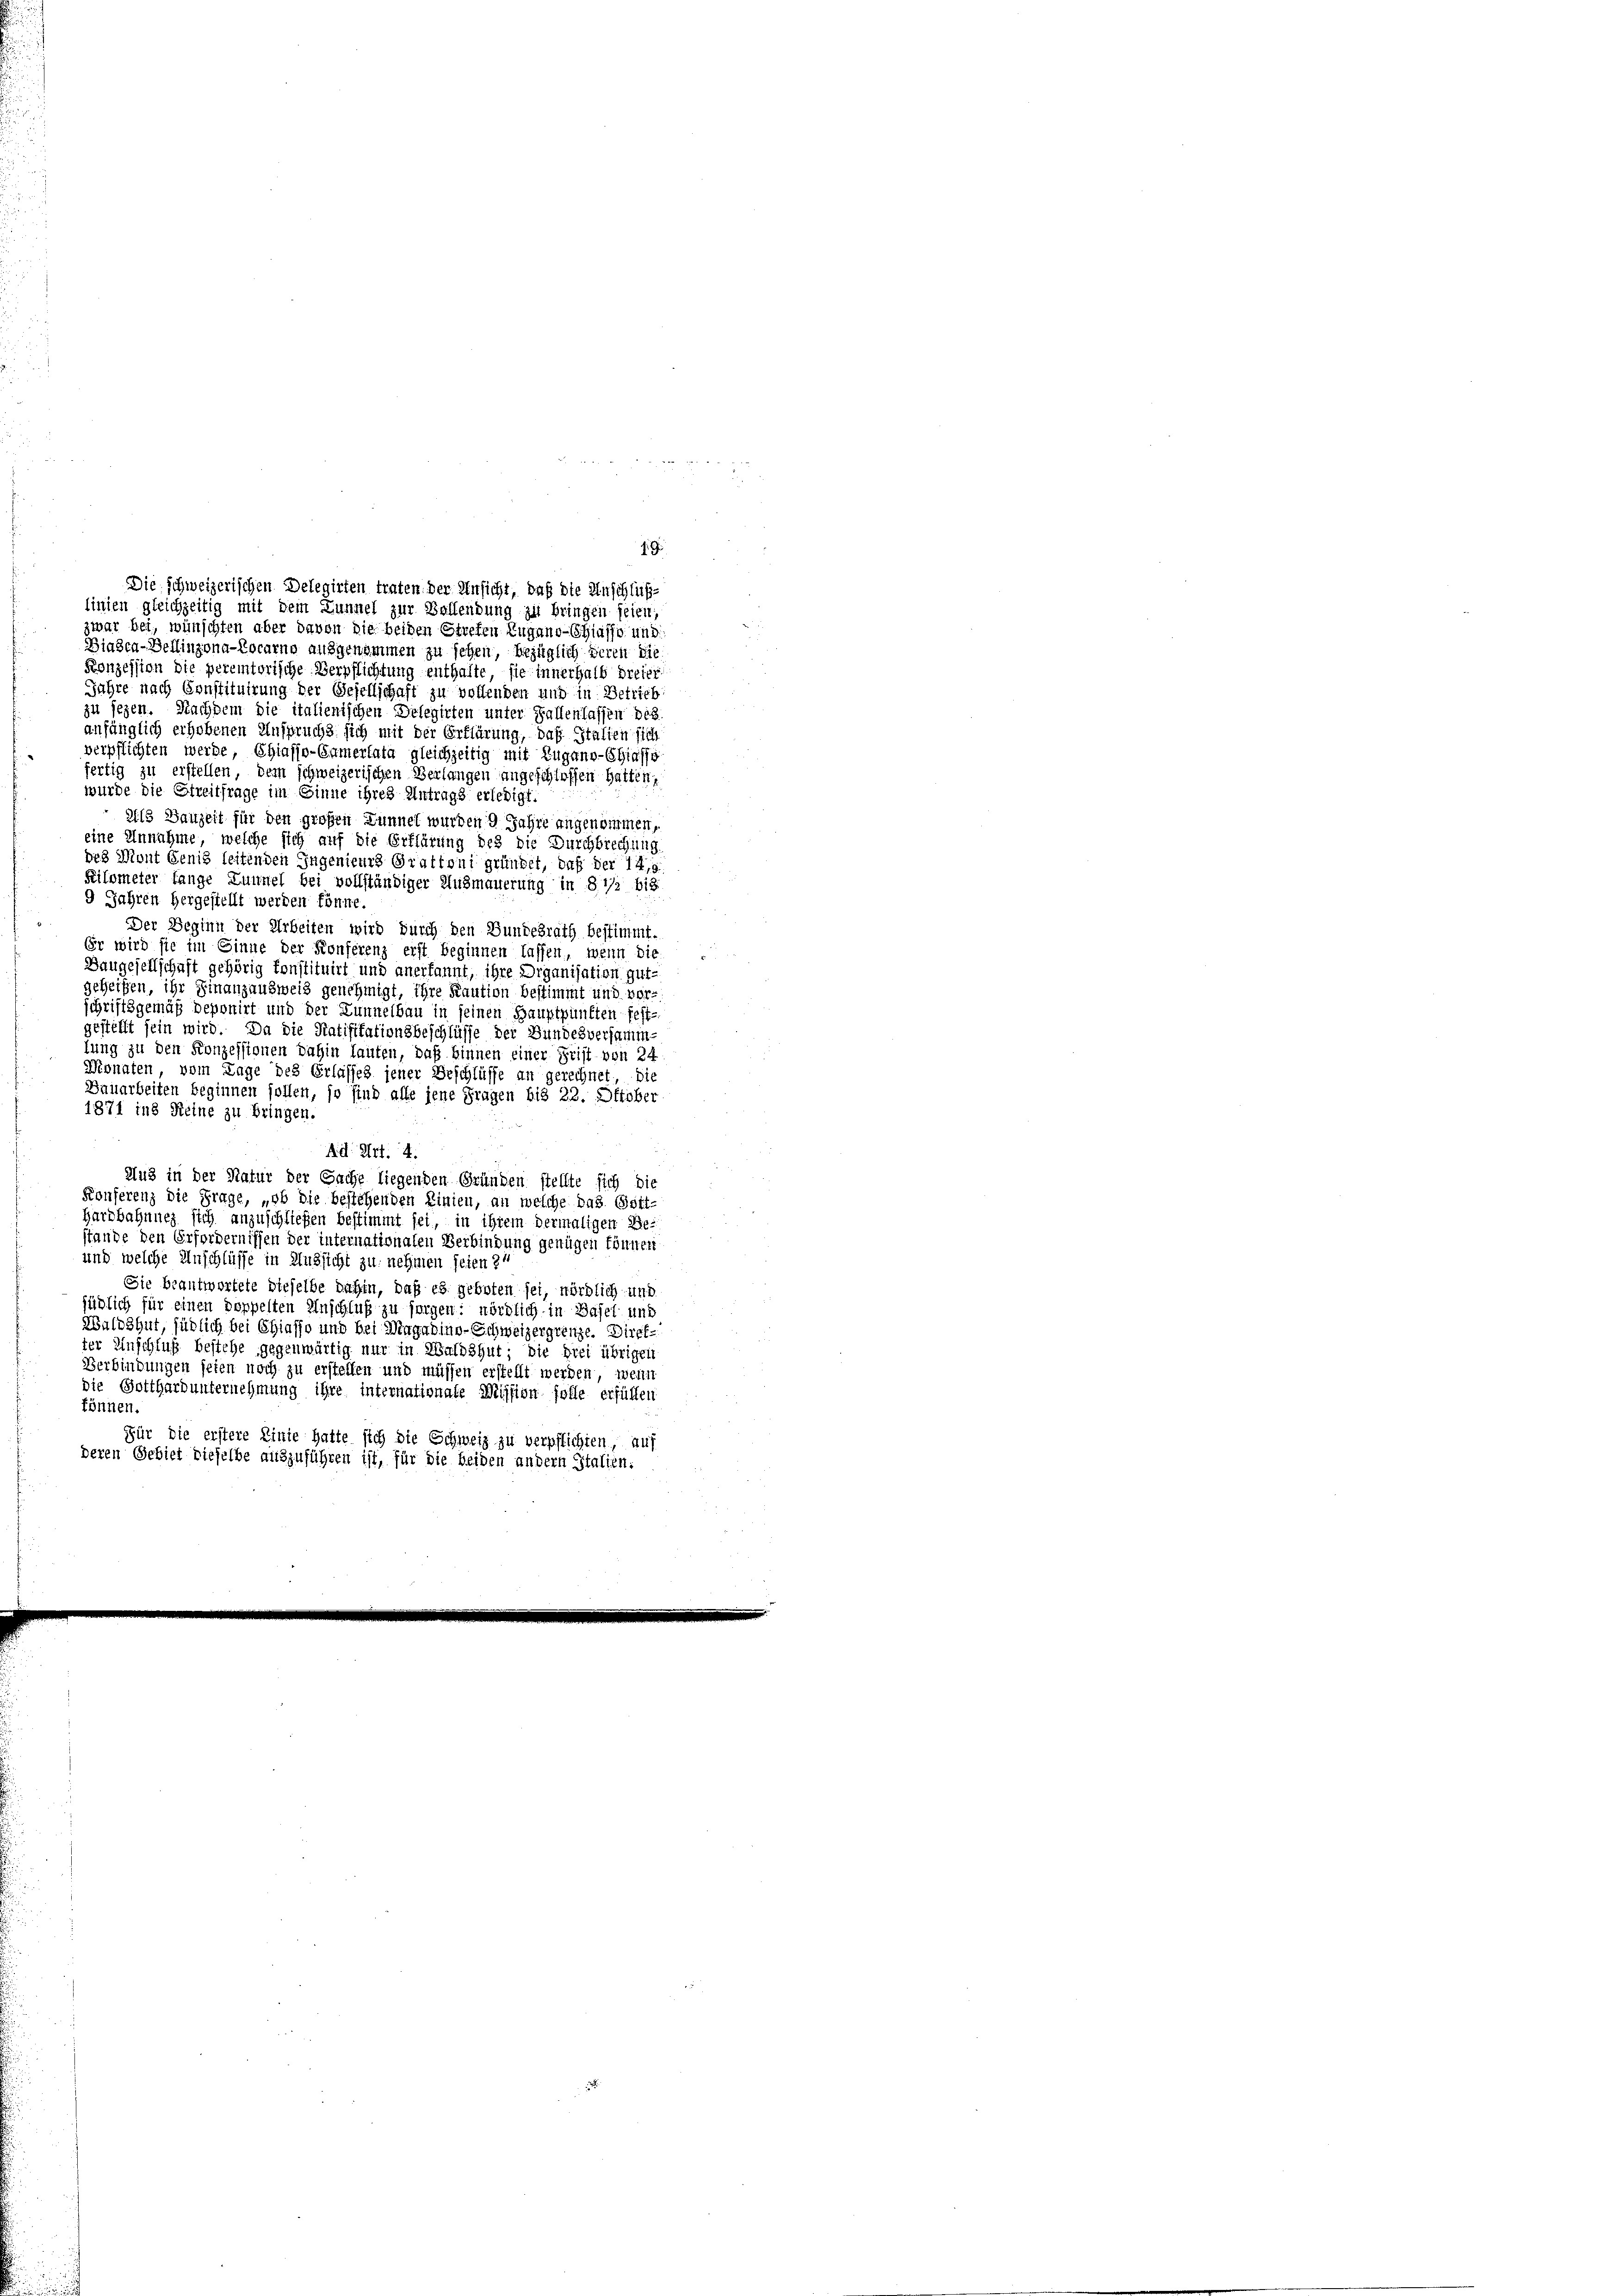
zwar bei, wünschten aber davon die beiden Strefen Zugano-Chiasso und
Biasca-Bellinzona-Locarno ausgenommen zu sehen, bezüglich deren die
Konzession die peremtorische Verpflichtung enthalte, sie innerhalb dreier
Jahre nach Constituirung der Gesellschaft zu vollenden und in Betrieb
zu sezen. Nachdem die italienischen Delegirten unter Fallenlassen bes
anfänglich erhobenen Anspruchs sich mit der Erklärung, das Stalten sich
verpflichten werde, Chiasso-Camertata gleichzeitig mit Zugano-Chiasso
fertig zu erstellen, dem schweizerischen Verlangen angeschlossen hatten,
wurde die Streitfrage im Sinne ihres Antrags erledigt.
Als Bauzeit für den großen Lunnel wurden Jahre angenommen,
eine Unnahme, welche sich auf die Erklärung des die Durchbrechung
des Mont Genis leitenden Ingenieurs Grattoni gründet, daß der 149
Kilometer lange Lunnel bei vollständiger Ausmauerung in 8 1/2 bis
9 Jahren hergestellt werden könne.
Der Beginn der Arbeiten wird durch den Bundesrath bestimmt.
Er wird sie im Sinne der Konferenz erst beginnen lassen, wenn die
Dangesellschaft gehörig konstituirt und anerkannt, ihre Organisation gut-
geheißen, ihr Finanzausweis genehmigt, ihre Kaution bestimmt und vor-
schriftsgemäß deponirt und der Lunnelbau in seinen Hauptpunkten fest-
gestellt sein wird. Da die Ratifikationsbeschlüsse der Bundesversammlung zu den Konzessionen dahin lauten, daß binnen einer Frist von 24
Dignaten, vom Lage des Erlasses jener Beschlüsse an gerechnet die
Dauarbeiten beginnen sollen, so sind alle jene Fragen bis 22. Oktober
1871 ins Reine zu bringen.
Ad Art. 4.
Aus in der Natur der Sache liegenden Gründen stellte sich die
Konferenz die Frage, „ob die bestehenden Linien, an welche das Esti-
Hardbahnung sich anzuschließen bestimmt sei, in ihrem dermaligen Be-
stande den Erfordernissen der internationalen Verbindung genügen können
und welche Anschlüsse in Aussicht zu nehmen seien 21
Sie beantwortete dieselbe dahin, daß es geboten sei, nördlich und
jüdlich für einen doppelten Anschluß zu sorgen: nördlich in Basel und
Waldshut, jüblich bei Chiasso und bei Magadino-Schweizergrenze. Direkter Einschluß bestehe gegenwärtig nur in Waldshut; die drei übrigen
Verbindungen seien noch zu erstellen und müssen erstellt werden, wenn
die Gotthardunternehmung ihre internationate Mission folle erfüllen
können.
Für die erstere Linie hatte sich die Schweiz zu verpflichten, auf
deren Gebiet dieselbe auszuführen ist, für die beiden andern Italien.

1: G
Die schweizerischen Delegirten traten. Der Unsicht, daß die Anschluß-
linien gleichzeitig mit dem Zunnel zur Ballendung zu bringen seien,

i